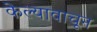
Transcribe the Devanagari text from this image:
केल्यावाचून